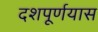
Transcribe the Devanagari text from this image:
दशपूर्णयास